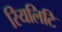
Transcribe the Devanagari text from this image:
रियलिटि